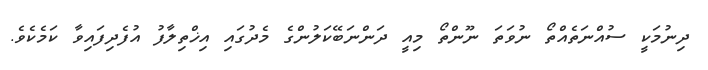
ދިނުމަކީ ސުއްނަތެއްތޯ ނުވަތަ ނޫންތޯ މިއީ ދަންނަބޭކަލުންގެ މެދުގައި އިޚްތިލާފު އުފެދިފައިވާ ކަމެކެވެ.